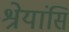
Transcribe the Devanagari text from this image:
श्रेयांसि